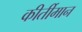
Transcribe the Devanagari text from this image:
कीर्तीमान